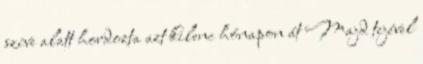
szíve alatt hordozta azt kilenc hónapon át Majd tejével